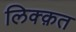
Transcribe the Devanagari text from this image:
लिक्क़त